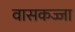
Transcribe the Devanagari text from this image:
वासकज्जा